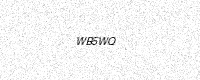
Text: WB5WQ